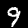
Label: 9